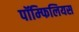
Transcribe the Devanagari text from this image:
पॉम्फिलियस